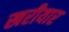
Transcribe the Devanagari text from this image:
खरीयार